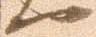
へ